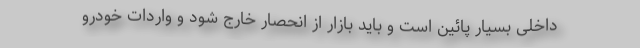
داخلی بسیار پائین است و باید بازار از انحصار خارج شود و واردات خودرو